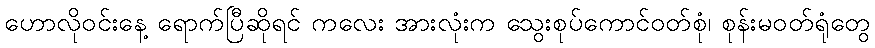
ဟောလိုဝင်းနေ့ ရောက်ပြီဆိုရင် ကလေး အားလုံးက သွေးစုပ်ကောင်ဝတ်စုံ၊ စုန်းမဝတ်ရုံတွေ